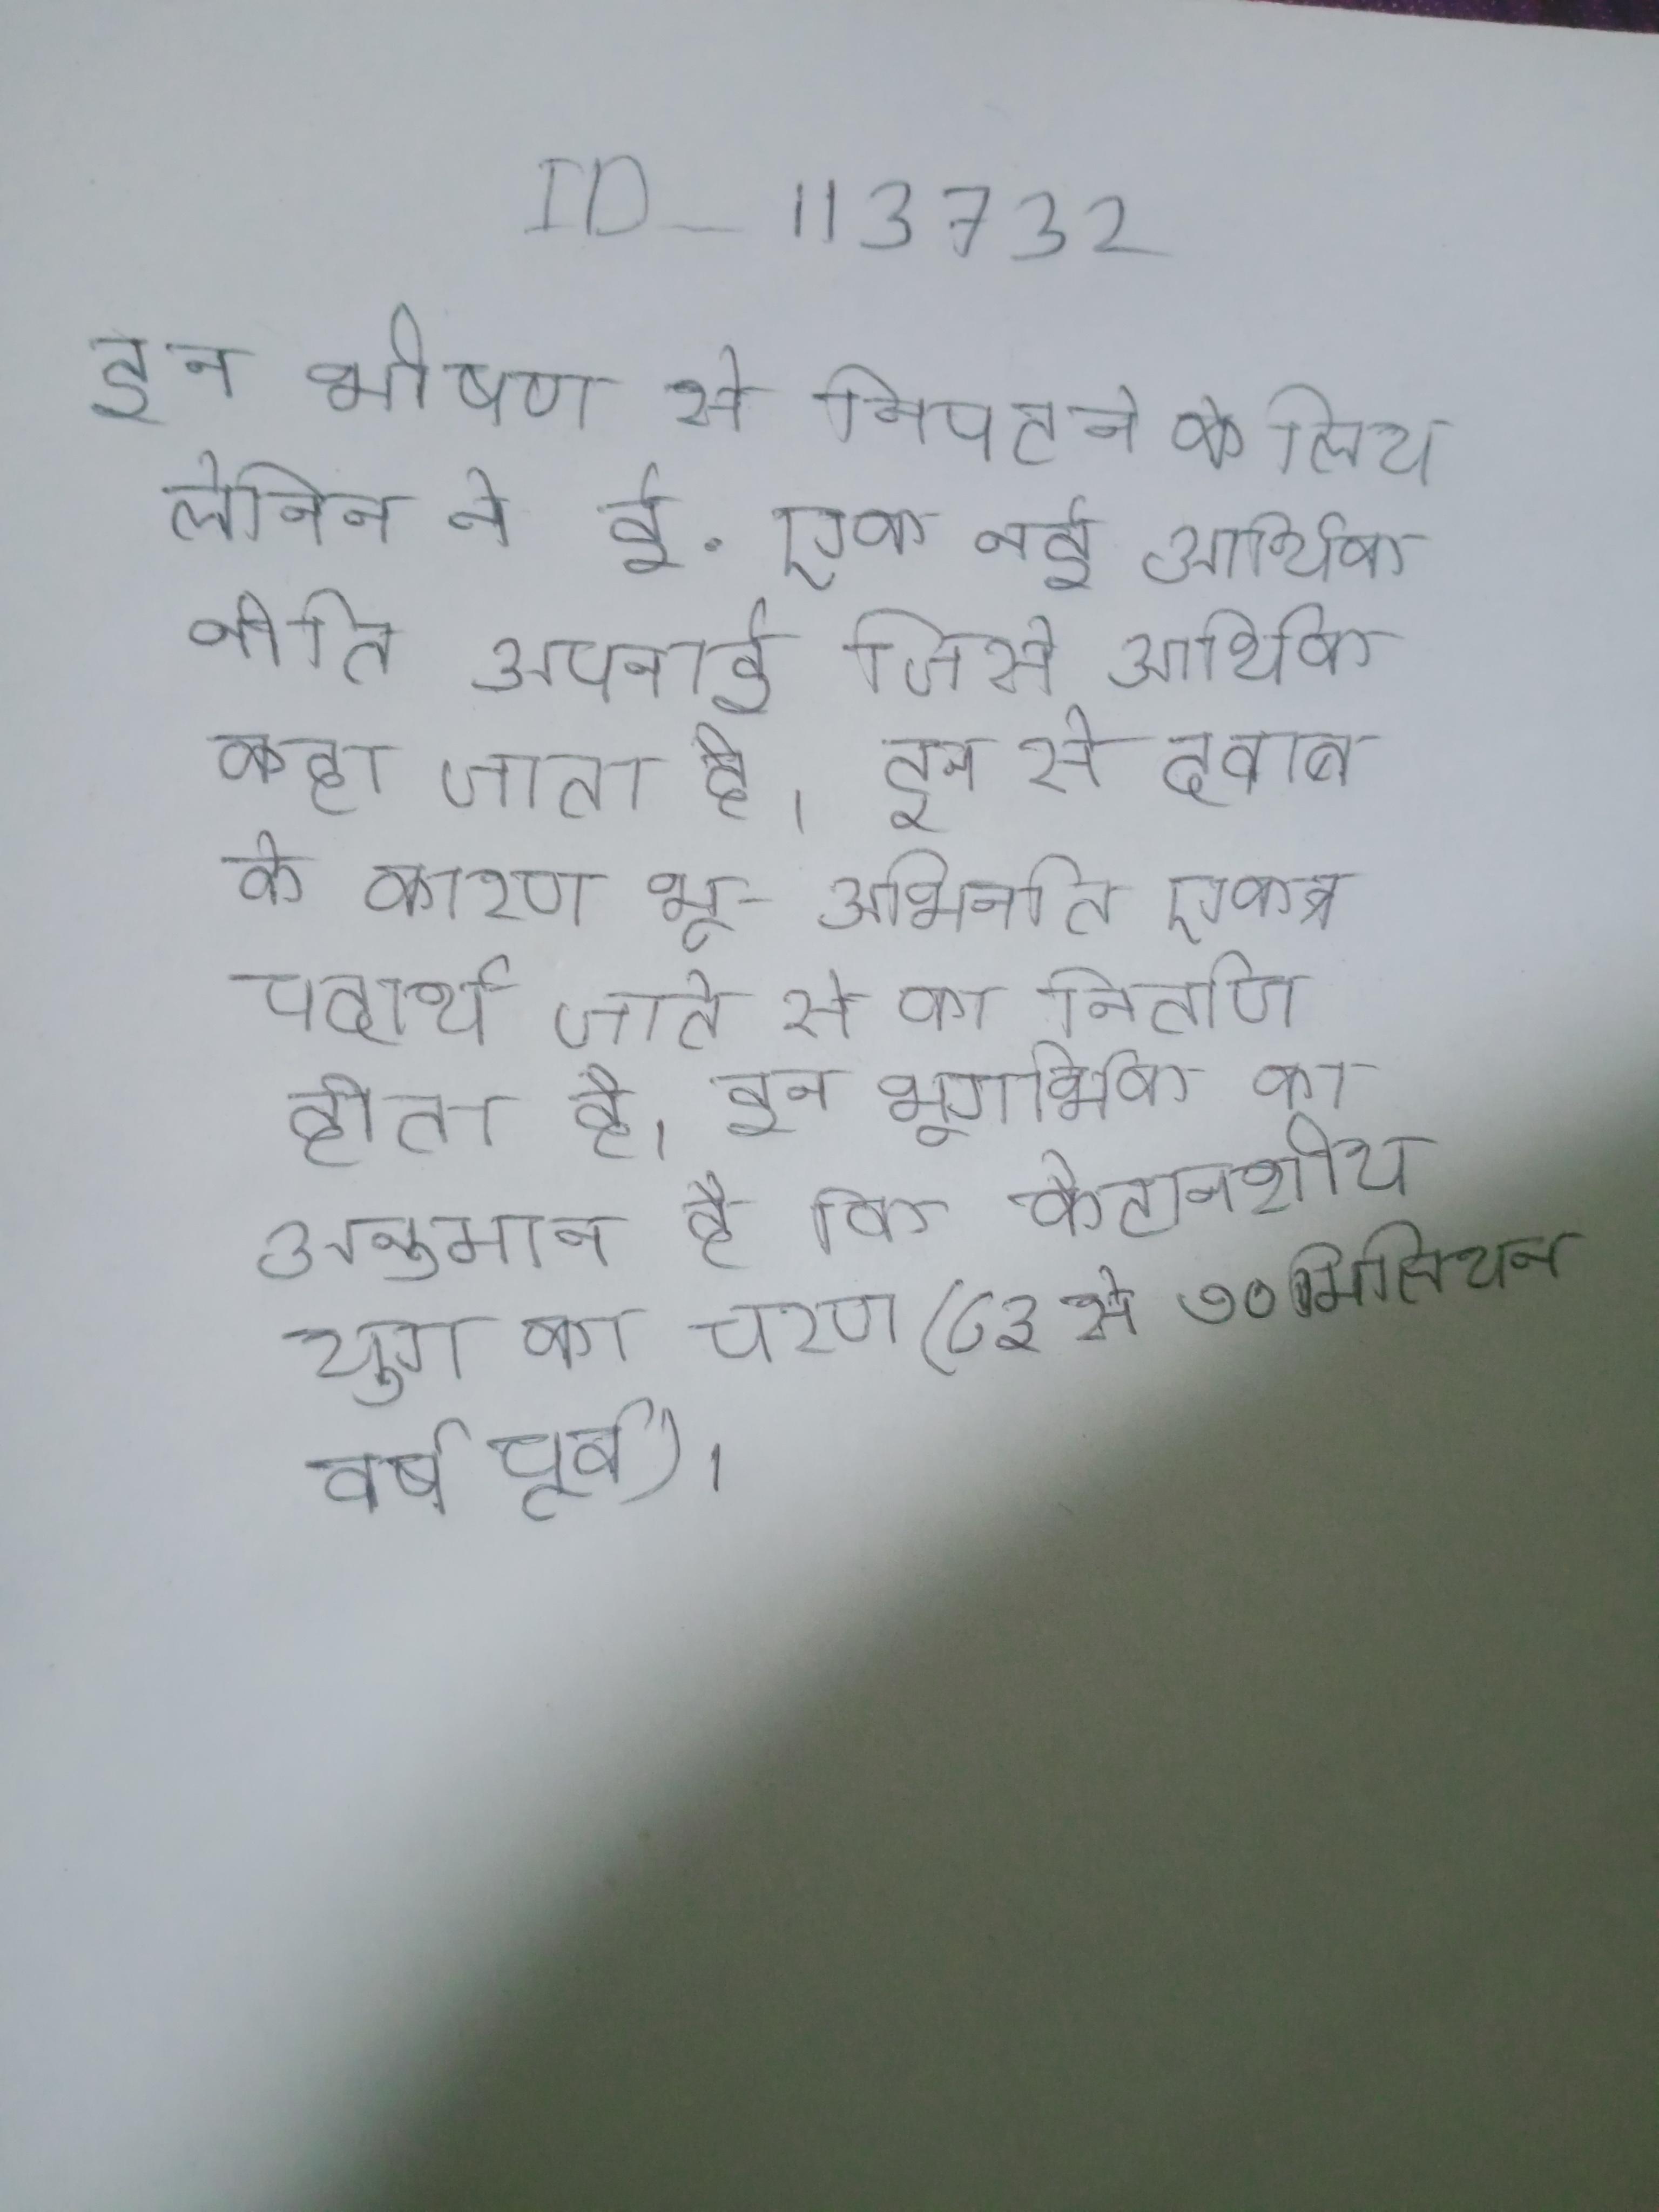
इन भीषण से निपटने के लिए लेनिन ने ई. एक नई आर्थिक नीति अपनाई जिसे आर्थिक कहा जाता है । इन से दवाब के कारण भू-अभिनति एकत्र पदार्थ जाते से का निर्ताण होता है । इन भूगर्भिक का अनुमान है कि कैटानशीय युग का चरण (८३ से ७० मिलियन वर्ष पूर्व) ।